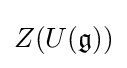
Z(U({\mathfrak {g}}))